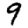
Digit: 9